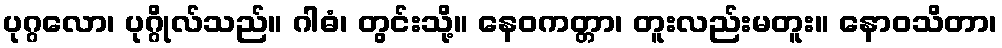
ပုဂ္ဂလော၊ ပုဂ္ဂိုလ်သည်။ ဂါဓံ၊ တွင်းသို့။ နေဝကတ္တာ၊ တူးလည်းမတူး။ နောဝသိတာ၊